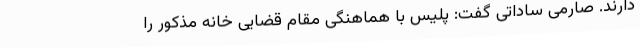
دارند. صارمی ساداتی گفت: پلیس با هماهنگی مقام قضایی خانه مذکور را